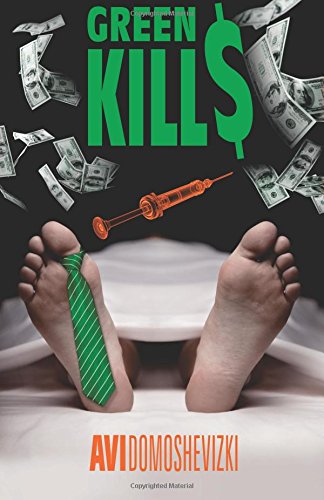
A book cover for Green Kills; Avi Domoshevizki; Mystery, Thriller & Suspense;